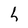
Character: h